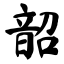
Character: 韶